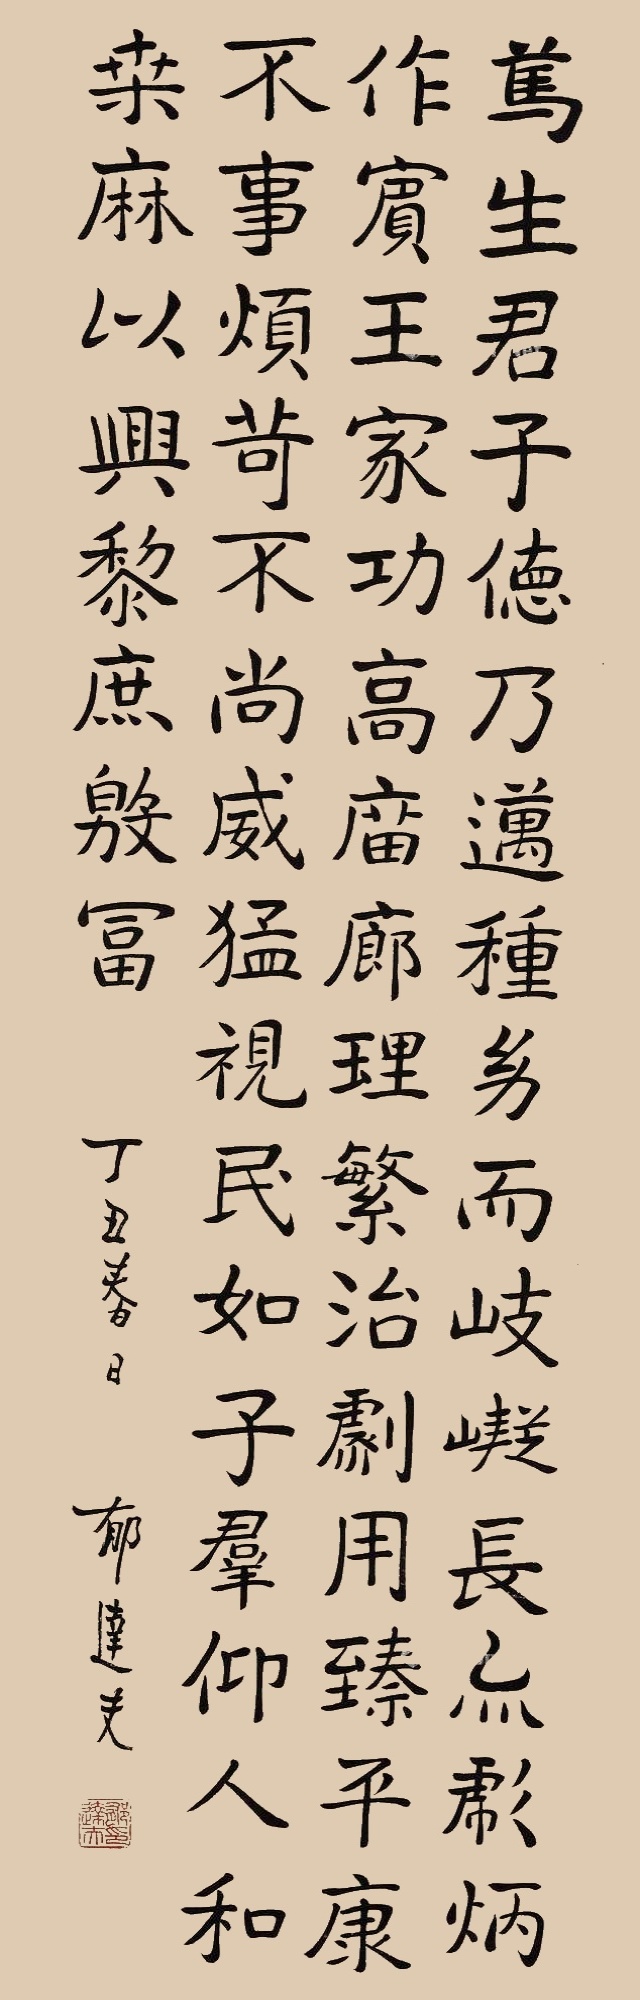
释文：笃生君子，德乃迈种。幼而岐嶷，长亦彪炳。作宾王家，功高庙廊。理繁治剧，用臻平康。不事烦苛，不尚威猛。视民如子，群仰人和。桑麻以兴，黎庶殷富。丁丑春日郁达夫。